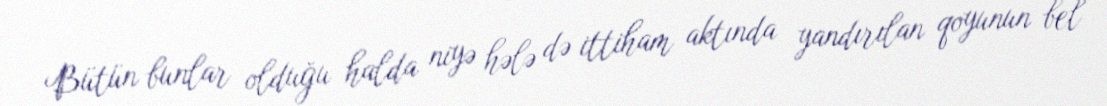
Bütün bunlar olduğu halda niyə hələ də ittiham aktında yandırılan qoyunun bel